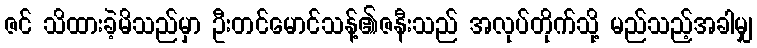
ဇင် သိထားခဲ့မိသည်မှာ ဦးတင်မောင်သန့်၏ဇနီးသည် အလုပ်တိုက်သို့ မည်သည့်အခါမျှ